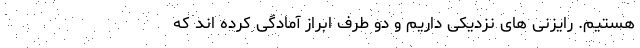
هستیم. رایزنی های نزدیکی داریم و دو طرف ابراز آمادگی کرده اند که